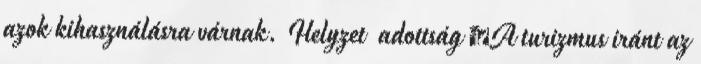
azok kihasználásra várnak. Helyzet adottság ▪A turizmus iránt az